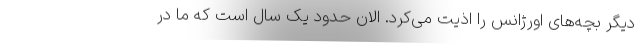
دیگر بچه‌های اورژانس را اذیت می‌کرد. الان حدود یک سال است که ما در